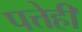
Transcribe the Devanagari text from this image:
पत्तेही